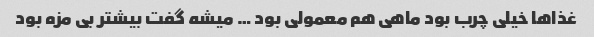
غذاها خیلی چرب بود ماهی هم معمولی بود … میشه گفت بیشتر بی مزه بود